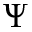
\Psi